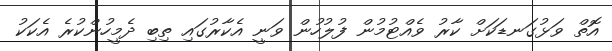
އޮތް ވަޅުގަނޑަކަށް ކާރު ވެއްޓުމުން ފުލުހުން ވަނީ އެކާރުގައި ތިބި ދެމީހުންކުރެ އެކަކު